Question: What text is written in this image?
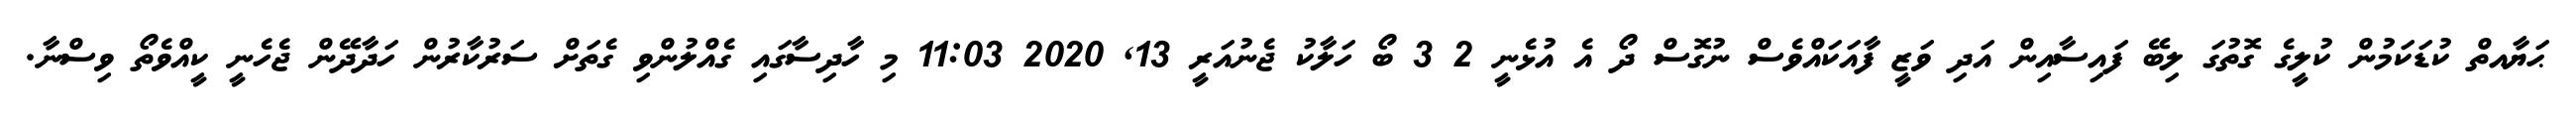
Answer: ޙަޔާއތް ކުޑަކަމުން ކުލީގެ ގޮތުގަ ލިބޭ ފައިސާއިން އަދި ވަޒީ ފާއަކައްވެސް ނުގޮސް ދޯ އެ އުޅެނީ 2 3 ބޯ ހަލާކު ޖެނުއަރީ 13, 2020 11:03 މި ހާދިސާގައި ގެއްލުންވި ގެތަށް ސަރުކާރުން ހަދާދޭން ޖެހެނީ ކީއްވެތޯ ވިސްނާ.